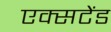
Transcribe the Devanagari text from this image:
एक्सटेंड